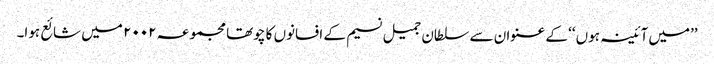
’’میں آئینہ ہوں ‘‘ کے عنوان سے سلطان جمیل نسیم کے افسانوں کا چوتھا مجموعہ ۲۰۰۲ میں شائع ہوا۔